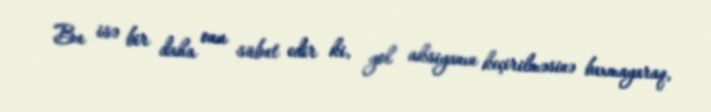
Bu isə bir daha onu sübut edir ki, yol aksiyanın keçirilməsinə baxmayaraq,